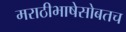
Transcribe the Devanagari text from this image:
मराठीभाषेसोबतच